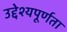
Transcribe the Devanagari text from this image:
उद्देश्यपूर्णता